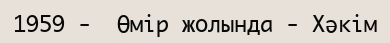
1959 -  Өмір жолында - Хәкім